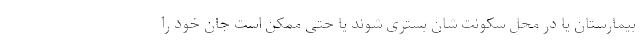
بیمارستان یا در محل سکونت شان بستری شوند یا حتی ممکن است جان خود را